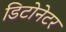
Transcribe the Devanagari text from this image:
डिटोनेटर